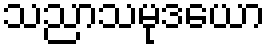
သညာသမုဒယော